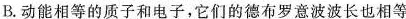
B.动能相等的质子和电子，它们的德布罗意波波长也相等